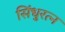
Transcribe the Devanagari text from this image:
सिंधुरत्‍न